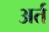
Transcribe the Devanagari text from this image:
अर्त